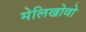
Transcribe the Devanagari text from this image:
मेलिखोवो